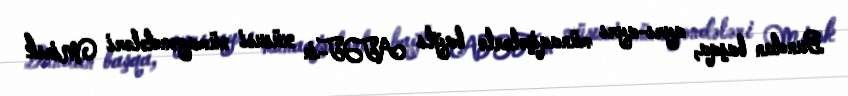
Bundan başqa, ayrı-ayrı münaqişələrlə bağlı ATƏT-in xüsusi nümayəndələri Minsk